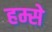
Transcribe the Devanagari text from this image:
हम्से